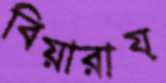
বিয়ারায়